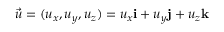
{ \vec { u } } = ( u _ { x } , u _ { y } , u _ { z } ) = u _ { x } \mathbf { i } + u _ { y } \mathbf { j } + u _ { z } \mathbf { k }